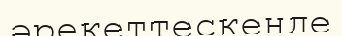
әрекеттескенде